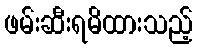
ဖမ်းဆီးရမိထားသည့်